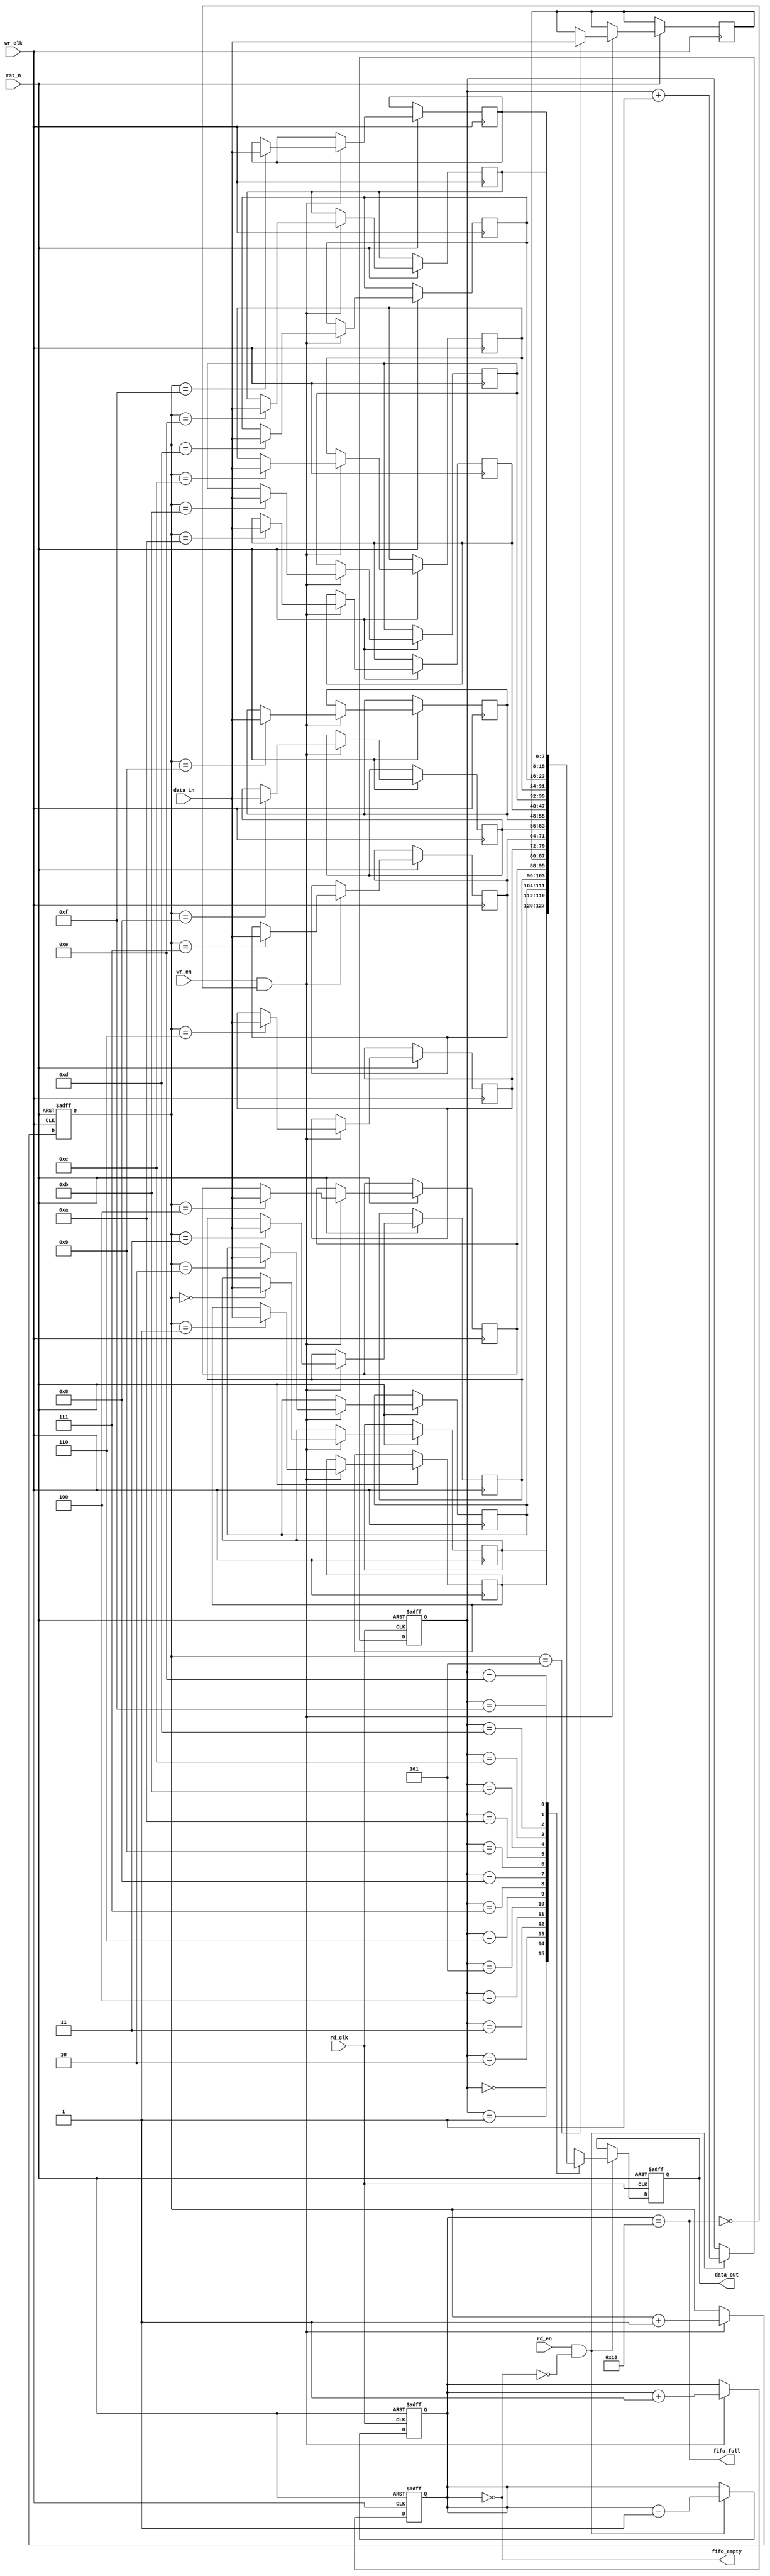
module async_fifo #(
    parameter DATA_WIDTH = 8,    // Width of each data entry
    parameter FIFO_DEPTH = 16     // Depth of the FIFO
)(
    input wire               wr_clk,       // Write clock
    input wire               rd_clk,       // Read clock
    input wire               rst_n,        // Active low reset
    input wire               wr_en,        // Write enable
    input wire               rd_en,        // Read enable
    input wire [DATA_WIDTH-1:0] data_in,   // Data input
    output reg [DATA_WIDTH-1:0] data_out,  // Data output
    output reg               fifo_full,     // FIFO full flag
    output reg               fifo_empty      // FIFO empty flag
);

// Internal FIFO memory storage
reg [DATA_WIDTH-1:0] fifo_mem [0:FIFO_DEPTH-1];

// Write pointer and Read pointer
reg [$clog2(FIFO_DEPTH)-1:0] wr_ptr;
reg [$clog2(FIFO_DEPTH)-1:0] rd_ptr;
reg [$clog2(FIFO_DEPTH):0] count; // FIFO count

// Synchronize read pointer to the write clock domain
reg [$clog2(FIFO_DEPTH)-1:0] wr_ptr_sync;
reg [$clog2(FIFO_DEPTH)-1:0] rd_ptr_sync;

// Write operation
always @(posedge wr_clk or negedge rst_n) begin
    if (!rst_n) begin
        wr_ptr <= 0;
        count <= 0;
    end else if (wr_en && !fifo_full) begin
        fifo_mem[wr_ptr] <= data_in; // Write data
        wr_ptr <= wr_ptr + 1;        // Increment write pointer
        count <= count + 1;          // Increment FIFO count
    end
end

// Read operation
always @(posedge rd_clk or negedge rst_n) begin
    if (!rst_n) begin
        rd_ptr <= 0;
        count <= 0;
        data_out <= 0;
    end else if (rd_en && !fifo_empty) begin
        data_out <= fifo_mem[rd_ptr]; // Read data
        rd_ptr <= rd_ptr + 1;         // Increment read pointer
        count <= count - 1;           // Decrement FIFO count
    end
end

// Full and empty flags
always @(*) begin
    fifo_full = (count == FIFO_DEPTH);
    fifo_empty = (count == 0);
end

// Synchronization logic
always @(posedge wr_clk or negedge rst_n) begin
    if (!rst_n) begin
        wr_ptr_sync <= 0;
    end else begin
        wr_ptr_sync <= wr_ptr; // Sample write pointer in the write clock domain
    end
end

always @(posedge rd_clk or negedge rst_n) begin
    if (!rst_n) begin
        rd_ptr_sync <= 0;
    end else begin
        rd_ptr_sync <= rd_ptr; // Sample read pointer in the read clock domain
    end
end

endmodule